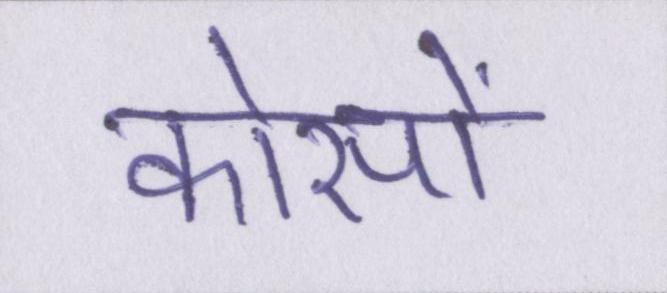
कोसों